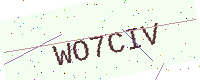
Text: WO7CIV